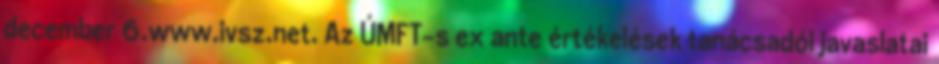
december 6.www.ivsz.net. Az ÚMFT-s ex ante értékelések tanácsadói javaslatai